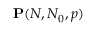
\mathbf { P } ( N , N _ { 0 } , p )